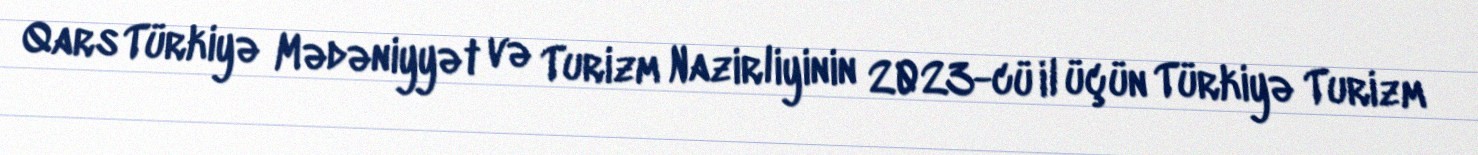
Qars Türkiyə Mədəniyyət və Turizm Nazirliyinin 2023-cü il üçün Türkiyə Turizm